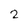
Character: 2